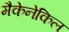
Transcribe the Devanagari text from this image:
मैकेनेकिल